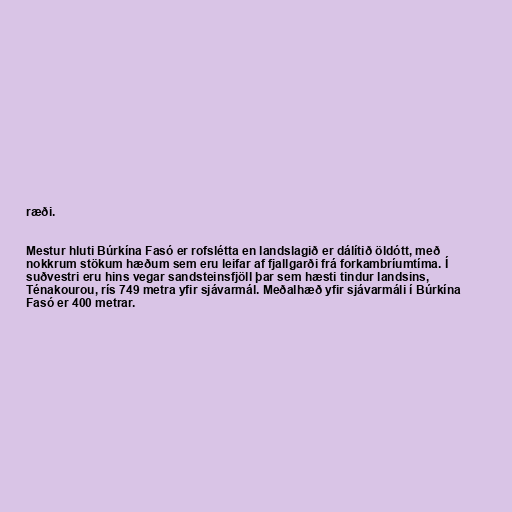
ræði.

Mestur hluti Búrkína Fasó er rofslétta en landslagið er dálítið öldótt, með
nokkrum stökum hæðum sem eru leifar af fjallgarði frá forkambríumtíma. Í
suðvestri eru hins vegar sandsteinsfjöll þar sem hæsti tindur landsins,
Ténakourou, rís 749 metra yfir sjávarmál. Meðalhæð yfir sjávarmáli í Búrkína
Fasó er 400 metrar.